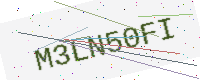
Text: M3LN50FI